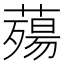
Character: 薚